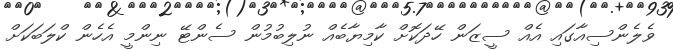
ވެލެންސިއާގައި އެއް ސީޒަން ހޭދަކޮށް ކާމިޔާބެއް ނުލިބުމުން ސެންޓޭ ނިންމީ އެހެން ކްލަބަކަށް